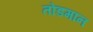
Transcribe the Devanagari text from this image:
तोंडमान